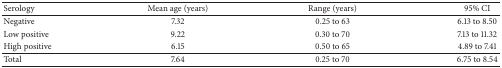
| Serology | Mean age (years) | Range (years) | 95% CI |
 | --- | --- | --- | --- |
 | Negative | 7.32 | 0.25 to 63 | 6.13 to 8.50 |
 | Low positive | 9.22 | 0.30 to 70 | 7.13 to 11.32 |
 | High positive | 6.15 | 0.50 to 65 | 4.89 to 7.41 |
 | Total | 7.64 | 0.25 to 70 | 6.75 to 8.54 |